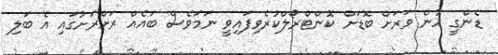
ޑެންގީ ހުން ވަރަށް ބޮޑަށް ކޮންޓްރޯލްކުރެވިފައިވީ ނަމަވެސް ބައެއް ރަށްރަށުގައި އެ ބަލި